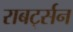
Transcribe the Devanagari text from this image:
राबर्ट्सन